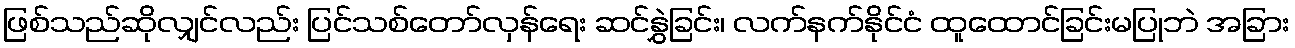
ဖြစ်သည်ဆိုလျှင်လည်း ပြင်သစ်တော်လှန်ရေး ဆင်နွှဲခြင်း၊ လက်နက်နိုင်ငံ ထူထောင်ခြင်းမပြုဘဲ အခြား